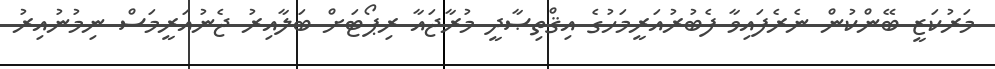
މަރުކަޒީ ބޭންކުން ނެރެފައިވާ ފެބުރުއަރީމަހުގެ އިޤްތިޞާދީ މުރާޖައާ ރިޕޯޓަށް ބަލާއިރު ޖެނުއަރީމަސް ނިމުނުއިރު